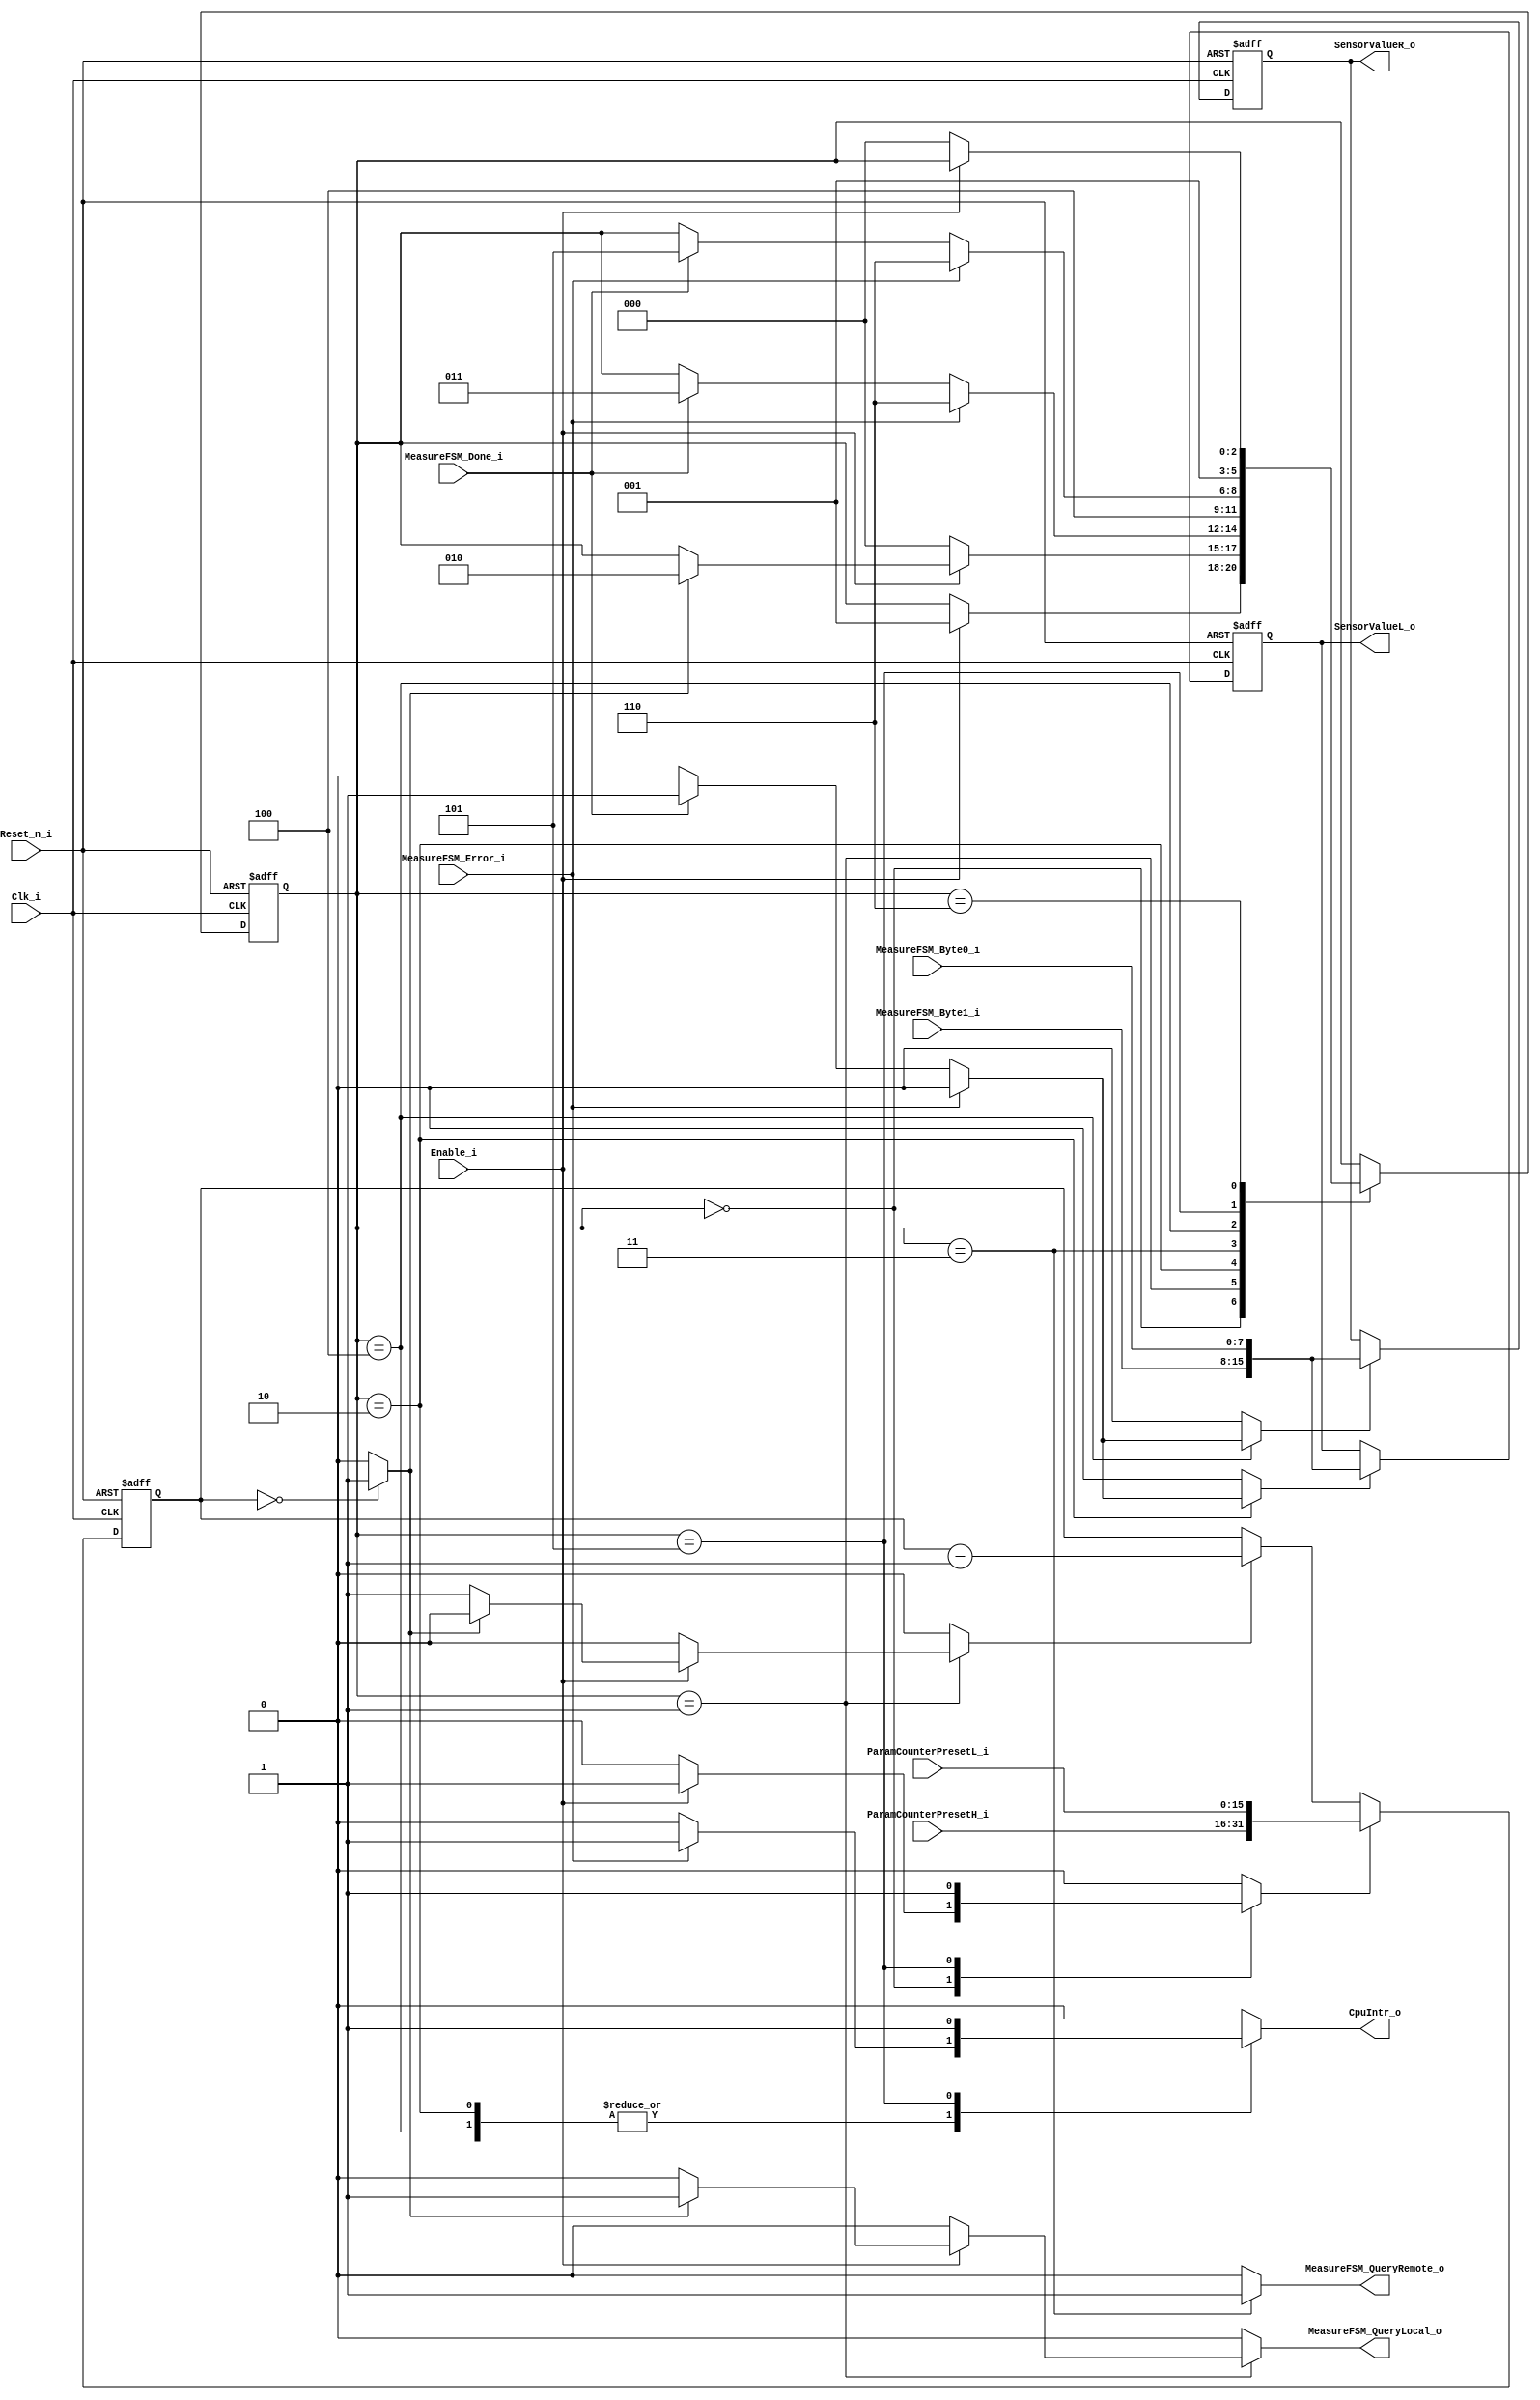
module SensorFSM_2 #(
  parameter DataWidth = 8
) (
  input                        Reset_n_i,
  input                        Clk_i,
  input                        Enable_i,
  output reg                   CpuIntr_o,
  output     [2*DataWidth-1:0] SensorValueL_o,
  output     [2*DataWidth-1:0] SensorValueR_o,
  output reg                   MeasureFSM_QueryLocal_o,
  output reg                   MeasureFSM_QueryRemote_o,
  input                        MeasureFSM_Done_i,
  input                        MeasureFSM_Error_i,
  input     [DataWidth-1:0]    MeasureFSM_Byte0_i,
  input     [DataWidth-1:0]    MeasureFSM_Byte1_i,
  input [2*DataWidth-1:0]      ParamCounterPresetH_i,
  input [2*DataWidth-1:0]      ParamCounterPresetL_i
);
  localparam stDisabled    = 3'd0;
  localparam stIdle        = 3'd1;
  localparam stQueryLocal  = 3'd2;
  localparam stWait1       = 3'd3;
  localparam stQueryRemote = 3'd4;
  localparam stNotify      = 3'd5;
  localparam stError       = 3'd6;
  reg  [2:0]             SensorFSM_State;
  reg  [2:0]             SensorFSM_NextState;
  wire                   SensorFSM_TimerOvfl;
  reg                    SensorFSM_TimerPreset;
  reg                    SensorFSM_TimerEnable;
  reg                    SensorFSM_StoreLocal;
  reg                    SensorFSM_StoreRemote;
  wire [2*DataWidth-1:0] SensorValue;
  reg  [2*DataWidth-1:0] WordL;
  reg  [2*DataWidth-1:0] WordR;
  always @(negedge Reset_n_i or posedge Clk_i)
  begin
    if (!Reset_n_i)
    begin
      SensorFSM_State <= stDisabled;
    end
    else
    begin
      SensorFSM_State <= SensorFSM_NextState;
    end  
  end
  always @(SensorFSM_State, Enable_i, SensorFSM_TimerOvfl, MeasureFSM_Done_i, MeasureFSM_Error_i)
  begin  
    SensorFSM_NextState      = SensorFSM_State;
    SensorFSM_TimerPreset    = 1'b0;
    SensorFSM_TimerEnable    = 1'b0;
    MeasureFSM_QueryLocal_o  = 1'b0;
    MeasureFSM_QueryRemote_o = 1'b0;
    SensorFSM_StoreLocal     = 1'b0;
    SensorFSM_StoreRemote    = 1'b0;
    CpuIntr_o                = 1'b0;
    case (SensorFSM_State)
      stDisabled: begin
        if (Enable_i == 1'b1)
        begin
          SensorFSM_NextState     = stIdle;
          SensorFSM_TimerPreset   = 1'b1;  
          SensorFSM_TimerEnable   = 1'b0;
        end
      end
      stIdle: begin
        if (Enable_i == 1'b0)
        begin
          SensorFSM_NextState     = stDisabled;
        end
        else
        if (SensorFSM_TimerOvfl == 1'b1)
        begin
          SensorFSM_NextState     = stQueryLocal;
          MeasureFSM_QueryLocal_o = 1'b1;
        end
        else
        begin
          SensorFSM_TimerEnable   = 1'b1;  
        end
      end
      stQueryLocal: begin
        if (MeasureFSM_Error_i == 1'b1)
        begin
          SensorFSM_NextState     = stError;
          CpuIntr_o               = 1'b1;  
        end
        else if (MeasureFSM_Done_i == 1'b1)
        begin
          SensorFSM_StoreLocal     = 1'b1;  
          SensorFSM_NextState      = stWait1;
        end
      end
      stWait1: begin
        MeasureFSM_QueryRemote_o = 1'b1;
        SensorFSM_NextState      = stQueryRemote;
      end
      stQueryRemote: begin
        if (MeasureFSM_Error_i == 1'b1)
        begin
          SensorFSM_NextState     = stError;
          CpuIntr_o               = 1'b1;  
        end
        else if (MeasureFSM_Done_i == 1'b1)
        begin
          SensorFSM_StoreRemote   = 1'b1;  
          SensorFSM_NextState     = stNotify;
        end
      end
      stNotify: begin
        SensorFSM_TimerPreset   = 1'b1;  
        CpuIntr_o               = 1'b1;  
        SensorFSM_NextState     = stIdle;
      end
      stError: begin
        if (Enable_i == 1'b0)
        begin
          SensorFSM_NextState     = stDisabled;
        end
      end
      default: begin
      end
    endcase
  end 
  reg [31:0] SensorFSM_Timer;
  always @(negedge Reset_n_i or posedge Clk_i)
  begin
    if (!Reset_n_i)
    begin
      SensorFSM_Timer <= 32'd0;
    end
    else
    begin
      if (SensorFSM_TimerPreset)
      begin
        SensorFSM_Timer <= {ParamCounterPresetH_i, ParamCounterPresetL_i};
      end
      else if (SensorFSM_TimerEnable)
      begin
        SensorFSM_Timer <= SensorFSM_Timer - 1'b1;
      end
    end  
  end
  assign SensorFSM_TimerOvfl = (SensorFSM_Timer == 0) ? 1'b1 : 1'b0;
  assign SensorValue = {MeasureFSM_Byte1_i, MeasureFSM_Byte0_i};
  always @(negedge Reset_n_i or posedge Clk_i)
  begin
    if (!Reset_n_i)
    begin
      WordL <= 16'd0;
      WordR <= 16'd0;
    end
    else
    begin
      if (SensorFSM_StoreLocal)
      begin
        WordL <= SensorValue;
      end
      if (SensorFSM_StoreRemote)
      begin
        WordR <= SensorValue;
      end
    end  
  end
  assign SensorValueL_o = WordL;
  assign SensorValueR_o = WordR;
endmodule